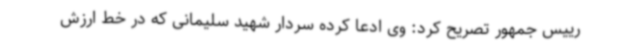
رییس جمهور تصریح کرد: وی ادعا کرده سردار شهید سلیمانی که در خط ارزش